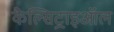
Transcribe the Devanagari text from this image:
कैल्सिट्राइऑल